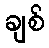
ချစ်